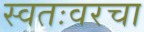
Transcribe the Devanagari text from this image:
स्वतःवरचा